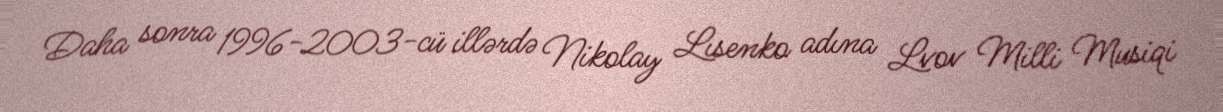
Daha sonra 1996-2003-cü illərdə Nikolay Lısenko adına Lvov Milli Musiqi